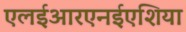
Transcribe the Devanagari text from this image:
एलईआरएनईएशिया